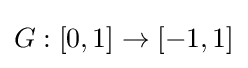
G:[0,1]\rightarrow [-1,1]